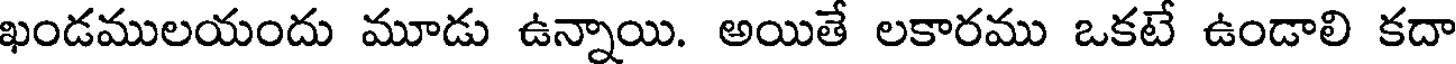
ఖండములయందు మూడు ఉన్నాయి. అయితే లకారము ఒకటే ఉండాలి కదా